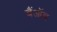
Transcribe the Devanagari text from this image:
बैंऑब